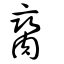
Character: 臠